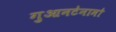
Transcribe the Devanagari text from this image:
गुआनटेनामो